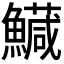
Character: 𩼘